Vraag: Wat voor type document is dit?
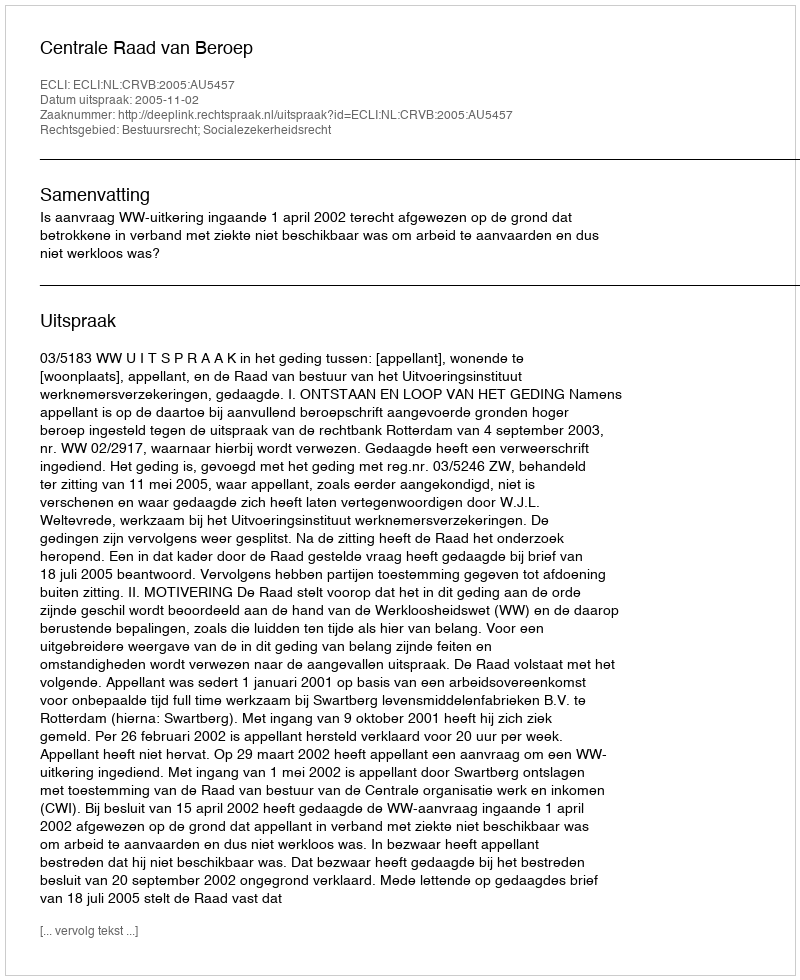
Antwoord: Uitspraak